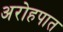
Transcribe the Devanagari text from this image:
अरोहपात